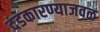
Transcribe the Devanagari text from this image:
दंडकारण्याजवळ